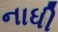
નાધી